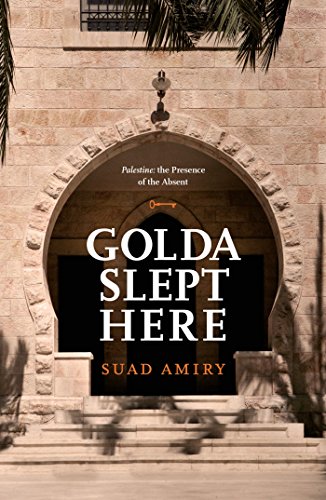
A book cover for Golda Slept Here; Suad Amiry; Biographies & Memoirs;